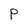
Character: P